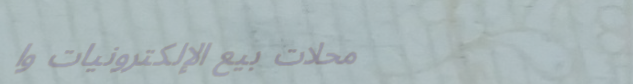
محلات بيع الإلكترونيات وا